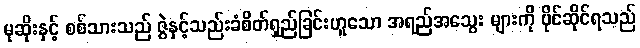
မုဆိုးနှင့် စစ်သားသည် ဇွဲနှင့်သည်းခံစိတ်ရှည်ခြင်းဟူသော အရည်အသွေး များကို ပိုင်ဆိုင်ရသည်